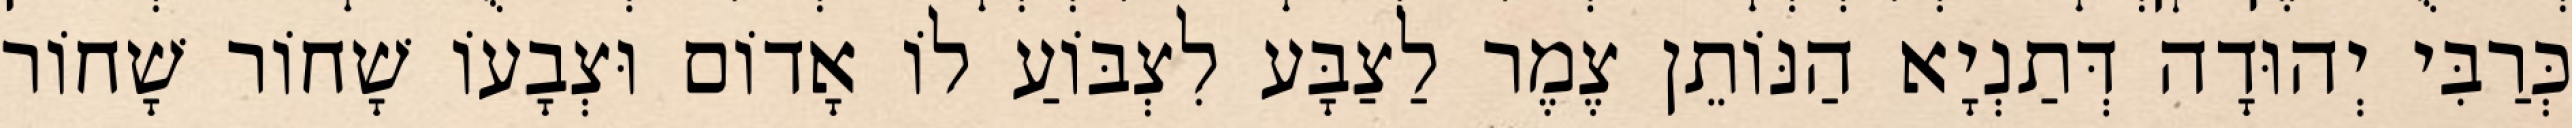
כְּרַבִּי יְהוּדָה דְּתַנְיָא הַנּוֹתֵן צֶמֶר לַצַבָּע לִצְבּוֹעַ לוֹ אָדוֹם וּצְבָעוֹ שָׁחוֹר שָׁחוֹר